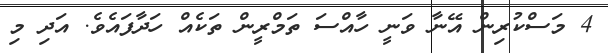
4 މަސްކުރިން އޭނާ ވަނީ ހާއްސަ ތަމްރީން ތަކެއް ހަދާފައެވެ. އަދި މި